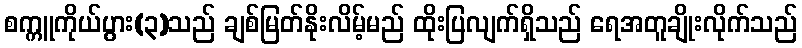
စက္ကူကိုယ်ပွား(၃)သည် ချစ်မြတ်နိုးလိမ့်မည် ထိုးပြလျက်ရှိသည် ရေအတူချိုးလိုက်သည်